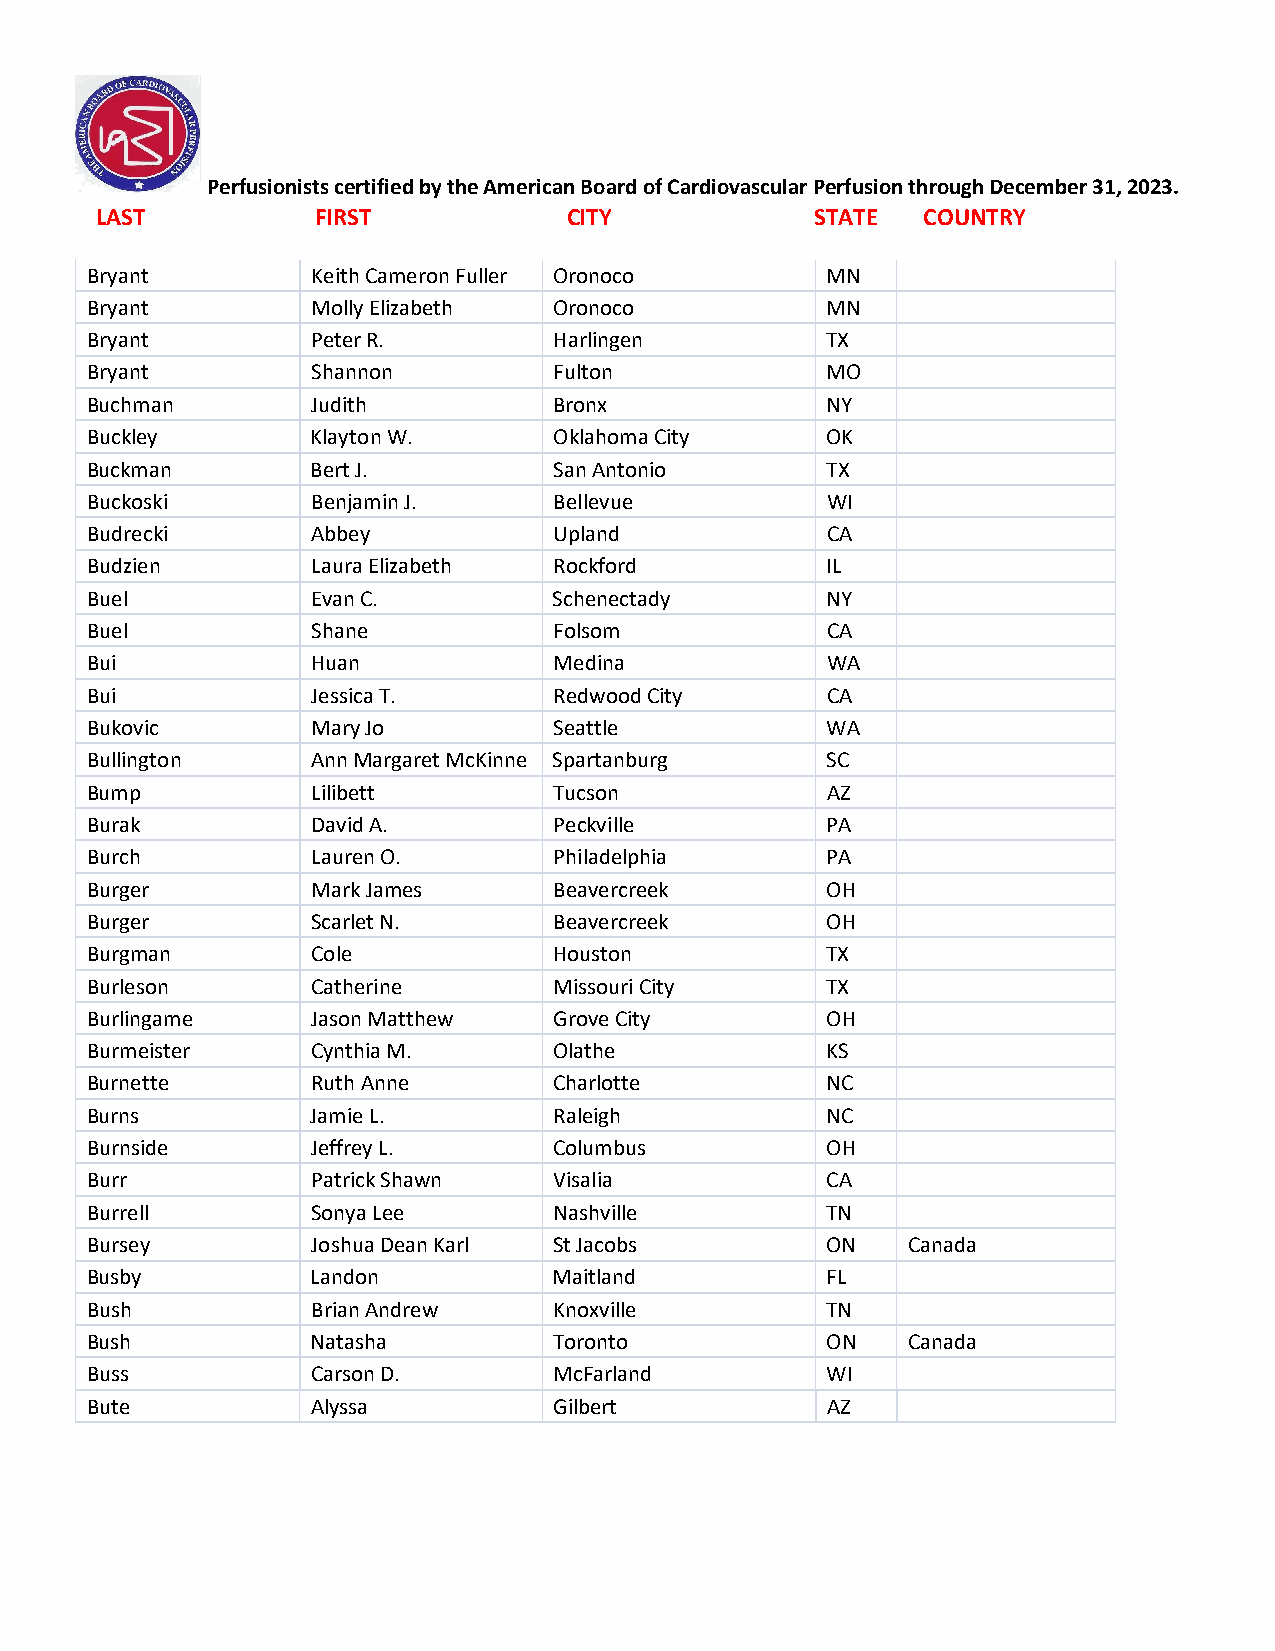
Perfusionists certified by the American Board of Cardiovascular Perfusion through December 31, 2023.
 LAST           FIRST            CITY            STATE  COUNTRY
 Bryant         Keith Cameron Fuller Oronoco      MN
 Bryant         Molly Elizabeth Oronoco           MN
 Bryant         Peter R.        Harlingen         TX
 Bryant         Shannon         Fulton            MO
 Buchman        Judith          Bronx             NY
 Buckley        Klayton W.      Oklahoma City     OK
 Buckman        Bert J.         San Antonio       TX
 Buckoski       Benjamin J.     Bellevue          WI
 Budrecki       Abbey           Upland            CA
 Budzien        Laura Elizabeth Rockford          IL
 Buel           Evan C.         Schenectady       NY
 Buel           Shane           Folsom            CA
 Bui            Huan            Medina            WA
 Bui            Jessica T.      Redwood City      CA
 Bukovic        Mary Jo         Seattle           WA
 Bullington     Ann Margaret McKinne Spartanburg  SC
 Bump           Lilibett        Tucson            AZ
 Burak          David A.        Peckville         PA
 Burch          Lauren O.       Philadelphia      PA
 Burger         Mark James      Beavercreek       OH
 Burger         Scarlet N.      Beavercreek       OH
 Burgman        Cole            Houston           TX
 Burleson       Catherine       Missouri City     TX
 Burlingame     Jason Matthew   Grove City        OH
 Burmeister     Cynthia M.      Olathe            KS
 Burnette       Ruth Anne       Charlotte         NC
 Burns          Jamie L.        Raleigh           NC
 Burnside       Jeffrey L.      Columbus          OH
 Burr           Patrick Shawn   Visalia           CA
 Burrell        Sonya Lee       Nashville         TN
 Bursey         Joshua Dean Karl St Jacobs        ON   Canada
 Busby          Landon          Maitland          FL
 Bush           Brian Andrew    Knoxville         TN
 Bush           Natasha         Toronto           ON   Canada
 Buss           Carson D.       McFarland         WI
 Bute           Alyssa          Gilbert           AZ